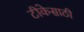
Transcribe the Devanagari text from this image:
टीकेसाठी